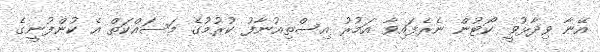
އޭނާ ވިދާޅުވީ ކޯޓުން ނެރެފައިވާ އަމުރު އިސްތިއުނާފު ކުރުމުގެ މަސައްކަތް އެ ކުންފުނީގެ